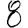
Digit: 8